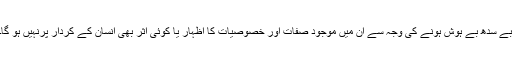
بے سدھ بے ہوش ہونے کی وجہ سے ان میں موجود صفات اور خصوصیات کا اظہار یا کوئی اثر بھی انسان کے کردار پرنہیں ہو گا۔